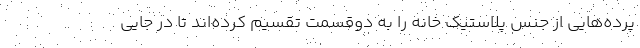
پرده‌هایی از جنس پلاستیک خانه را به دوقسمت تقسیم کرده‌اند تا در جایی